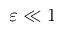
\varepsilon \ll 1